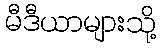
မီဒီယာများသို့